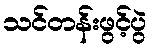
သင်တန်းဖွင့်ပွဲ